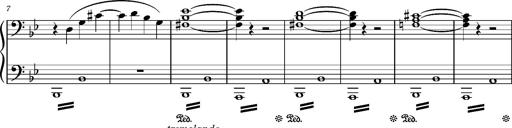
Title: TrÃ¼be Wolken
Composer: Franz Liszt